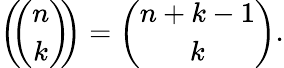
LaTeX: \left(\! \! {\binom{n}{k}}\! \! \right)={\binom{n+k-1}{k}}.